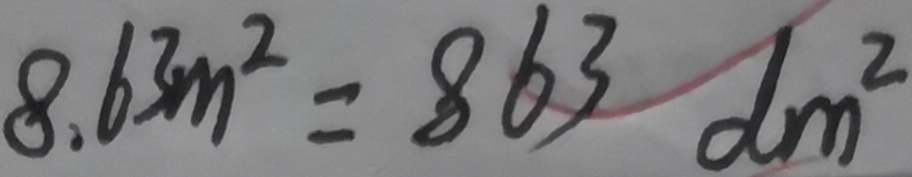
8 . 6 3 m ^ { 2 } = 8 6 3 d m ^ { 2 }